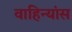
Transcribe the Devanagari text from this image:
वाहिन्यांस